Report of the Bombay Veterinary College
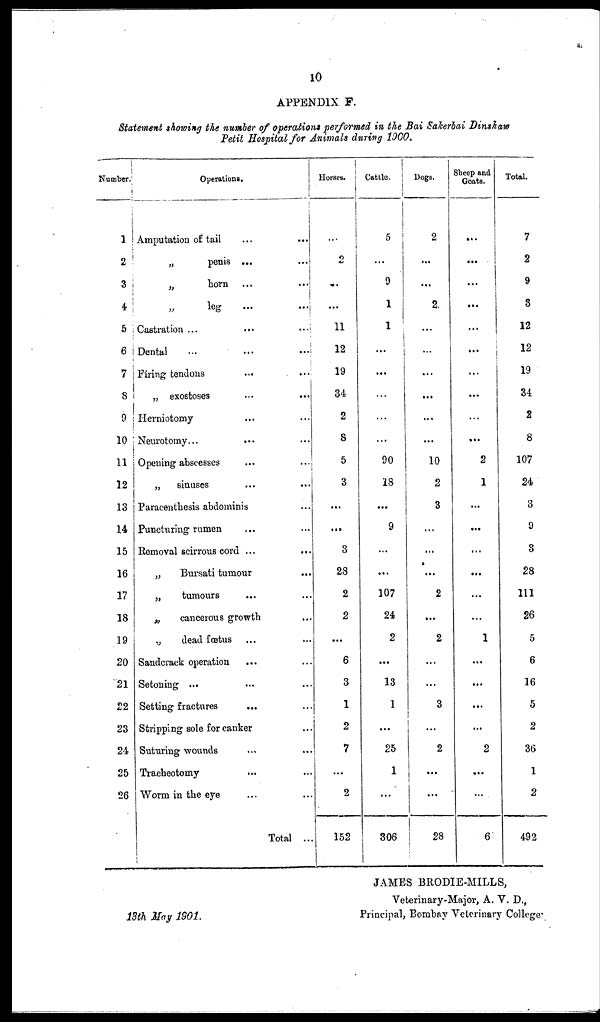
10
APPENDIX F.
Statement showing the number of operations performed in the Bai Sakerbai Dinshaus
Petit Hospital for Animals during 1900.
Number.
1
2
3
4
5
6
7
8
9
10
11
12
13
14
15
16
17
18
19
20
21
22
23
24
25
26
Operations.
Amputation of tail
...
...
„
penis ...
„ horn
„
leg
Castration ...
Dental
Firing tendons
„ exostoses
...
...
Herniotomy
Neurotomy...
Opening abscesses
„
sinuses
...
...
Paracentesis abdominis
Puncturing rumen
Removal scirrous cord ...
...
„
Bursati tumour
...
„
tumours
„
cancerous growth
„
dead fœtus
Sandcrack operation
...
Setoning ...
Setting fractures
...
Stripping sole for canker
Suturing wounds
Tracheotomy
...
Worm in the eye
Total ...
Horses.
...
2
...
...
11
12
19
34
2
8
5
3
...
...
3
28
2
2
...
6
3
1
2
7
...
2
152
Cattle.
5
...
9
1
1
...
...
...
...
...
90
18
...
9
...
...
107
24
2
...
13
1
...
25
1
...
306
Dogs.
2
...
...
2
...
...
...
...
...
...
10
2
3
...
...
...
2
...
2
...
...
3
...
2
...
...
28
Sheep and
Goats.
...
...
...
...
...
...
...
...
...
...
2
1
...
...
...
...
...
...
1
...
...
...
...
2
...
...
6
Total.
7
2
9
3
12
12
19
34
2
8
107
24
3
9
3
28
111
26
5
6
16
5
2
36
1
2
492
JAMES BRODIE-MILLS,
Veterinary-Major, A. V. D.,
13th May
1901.
Principal, Bombay Veterinary College